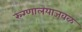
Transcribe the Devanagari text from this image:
रुग्णालयाजवळ